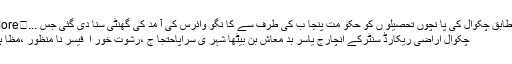
تفصیل کے مطابق چکوال کی پا نچوں تحصیلو ں کو حکو مت پنجا ب کی طرف سے کا نگو وائرس کی آ مد کی گھنٹی سنا دی گئی جس ...	Read More »
چکوال اراضی ریکارڈ سنٹرکے انچارج یاسر بد معاش بن بیٹھا شہر ی سراپاحتجا ج ،رشوت خور ا ٓ فیسر نا منظور ،مظا ہر ین کا نعرہ۔